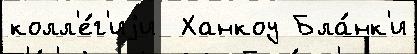
колл'е́г'иjи  Ханкоу Бла́нк'и